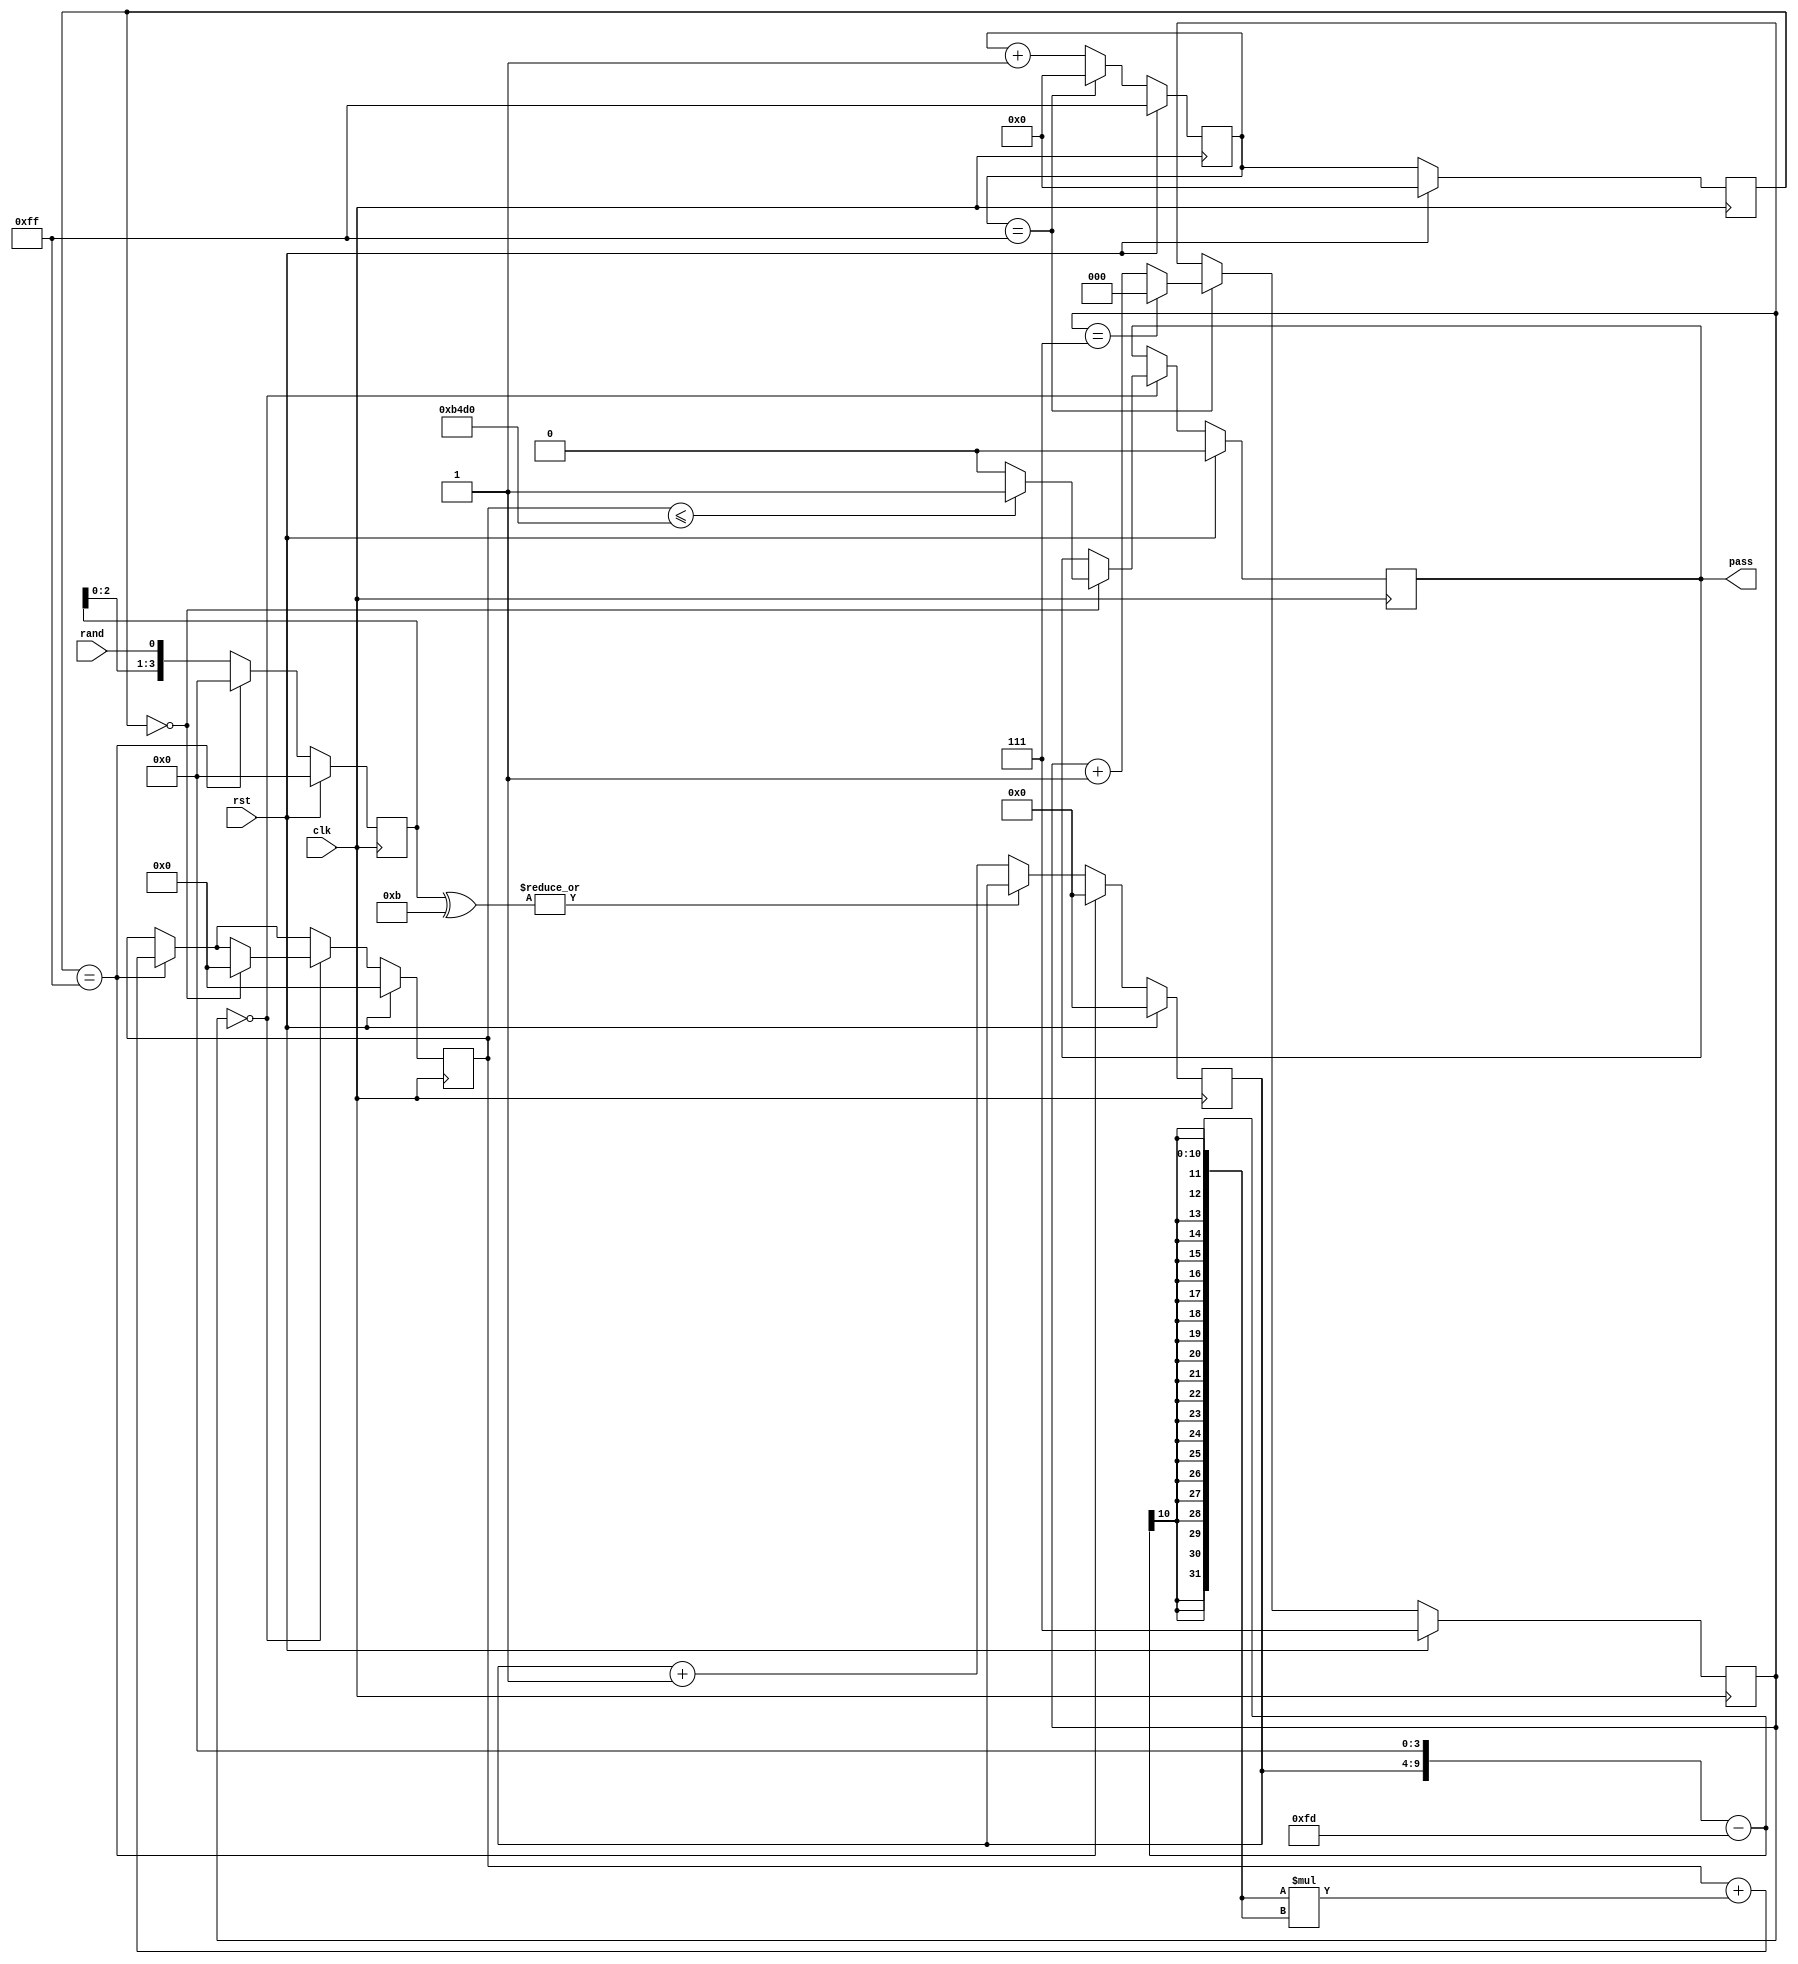
`timescale 1ns / 1ps
//////////////////////////////////////////////////////////////////////////////////
// Company: 
// Engineer: 
// 
// Design Name: 
// Module Name:    Frequency 
// Project Name: 
// Target Devices: 
// Tool versions: 
// Description: 
//
// Dependencies: 
//
// Revision: 
// Revision 0.01 - File Created
// Additional Comments: 
//
//////////////////////////////////////////////////////////////////////////////////
module Nonoverlapping_template(
    input wire clk,
	 input wire rst,
    input wire rand,
    output reg pass
    );
	 
parameter n = 8, M = 256, m = 4, B = 4'b1011, mu = 253, r = 4, U = 46288; //B = 4'b1100

reg [7:0] count_bits0, count_bits1;
reg [5:0] count_match;
reg [2:0] count_blocks;
reg [21:0] chi_sqr; 
reg [m-1:0] cap; 

always @(posedge clk)
	if (rst) begin
		count_bits0 <= 8'HFF;
		count_bits1 <= 0;
		count_blocks <= 8'HFF;
		count_match <= 0;
		cap <= 0;
		chi_sqr <= 0;
		pass <= 0;
	end
	else begin
		count_bits0 <= count_bits0 + 1; 
		if (count_bits0 == (M-1)) begin
			count_bits0 <= 0;
			count_blocks <= count_blocks + 1;
			if (count_blocks == (n-1)) begin
				count_blocks <= 0; 
			end
		end
		count_bits1 <= count_bits0;
		
		cap <= {cap[m-2:0],rand};
		if (~(|(cap^B))) count_match <= count_match + 1;		
		if (count_bits1 == (M-1)) begin
			cap <= 0;
			count_match <= 0;
			chi_sqr <= chi_sqr + ((count_match << r) - mu)*((count_match << r) - mu);
		end
		
		if (count_blocks == 0)
			if (count_bits1 == 0)			
			begin
				chi_sqr <= 0;
				if (chi_sqr <= U) pass <= 1;
				else pass <= 0;
			end
		
	end
	
endmodule